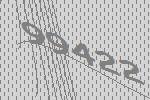
99422